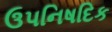
ઉપનિષદિક